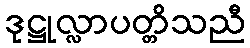
ဒုဋ္ဌုလ္လာပတ္တိသညီ